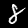
Label: 8